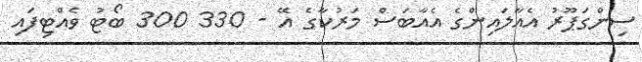
ސިންގަޕޫރު އެއާލައިންގެ އެއާބަސް މަރުކާގެ އޭ - 330 300 ބޯޓު ވެއްޓިފައި